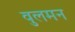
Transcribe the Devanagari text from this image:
वुलमन